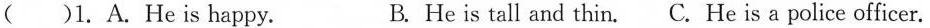
()1. A.He is happy. B. He is tall and thin. C.He is a police officer.